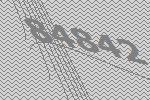
84842